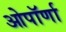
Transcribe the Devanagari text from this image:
ओपॉर्णा